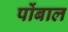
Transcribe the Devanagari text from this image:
पोंबाल